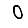
Digit: 0